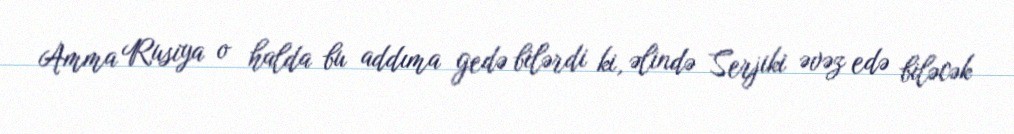
Amma Rusiya o halda bu addıma gedə bilərdi ki, əlində Serjiki əvəz edə biləcək